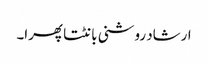
ارشاد روشنی بانٹتا پھرا۔